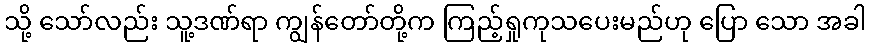
သို့ သော်လည်း သူ့ဒဏ်ရာ ကျွန်တော်တို့က ကြည့်ရှုကုသပေးမည်ဟု ပြော သော အခါ